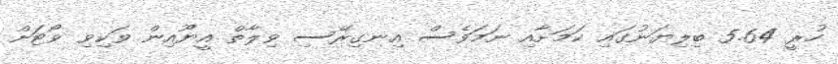
ހުރީ 5.64 ބިލިޔަނުގައި ކަމަށާއި ނަމަވެސް އިނގިރޭސި ވިލާތް އީޔޫއިން ވަކިވި ވޯޓަށް